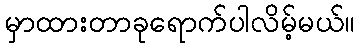
မှာထားတာခုရောက်ပါလိမ့်မယ်။